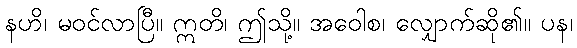
နဟိ၊ မဝင်လာပြီ။ ဣတိ၊ ဤသို့။ အဝေါစ၊ လျှောက်ဆို၏။ ပန၊